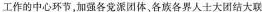
工作的中心环节，加强各党派团体、各族各界人士大团结大联